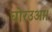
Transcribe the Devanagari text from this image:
घोरउआ।